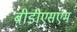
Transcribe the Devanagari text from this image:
बीडीएसएम